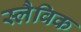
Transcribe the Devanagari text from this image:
स्लैविक